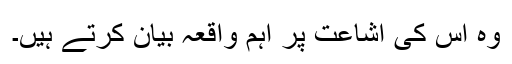
وہ اس کی اشاعت پر اہم واقعہ بیان کرتے ہیں۔